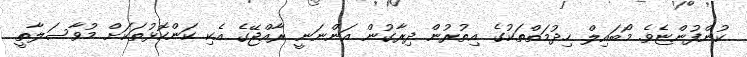
ކުންފުންޏެވެ. މޯބައިލް ހިދުމަތްތަކުގެ އިތުރުން ދިރާގުން އަންނަނީ ރާއްޖޭގެ އެކި ކަންކޮޅުތަކަށް މުވާސަލާތީ